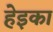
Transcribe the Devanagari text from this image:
हेइका